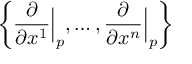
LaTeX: \left\{ { \frac { \partial } { \partial x ^ { 1 } } } { \Big | } _ { p } , \dotsc , { \frac { \partial } { \partial x ^ { n } } } { \Big | } _ { p } \right\}